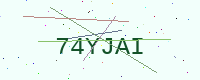
Text: 74YJAI